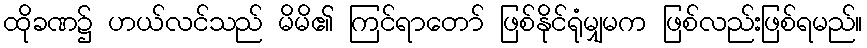
ထိုခဏ၌ ဟယ်လင်သည် မိမိ၏ ကြင်ရာတော် ဖြစ်နိုင်ရုံမျှမက ဖြစ်လည်းဖြစ်ရမည်။